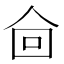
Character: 𰁿